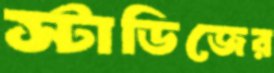
স্টাডিজের